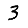
Digit: 3